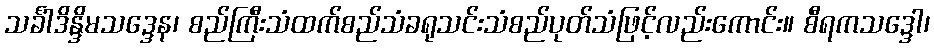
သင်္ခါဒိန္ဒိမသဒ္ဒေန၊ စည်ကြီးသံထက်စည်သံခရုသင်းသံစည်ပုတ်သံဖြင့်လည်းကောင်း။ စီရကသဒ္ဒေါ၊